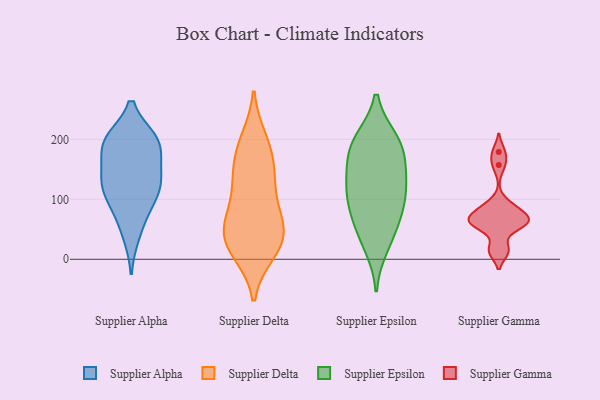
{"axis": {"x": "Demand Index", "y": "Value"}, "legend": ["Supplier Alpha", "Supplier Delta", "Supplier Epsilon", "Supplier Gamma"], "data": [{"x": "", "y": 100, "type": "Supplier Alpha"}, {"x": "", "y": 192, "type": "Supplier Alpha"}, {"x": "", "y": 198, "type": "Supplier Alpha"}, {"x": "", "y": 41, "type": "Supplier Alpha"}, {"x": "", "y": 198, "type": "Supplier Alpha"}, {"x": "", "y": 150, "type": "Supplier Alpha"}, {"x": "", "y": 196, "type": "Supplier Alpha"}, {"x": "", "y": 130, "type": "Supplier Alpha"}, {"x": "", "y": 110, "type": "Supplier Alpha"}, {"x": "", "y": 190, "type": "Supplier Alpha"}, {"x": "", "y": 134, "type": "Supplier Alpha"}, {"x": "", "y": 126, "type": "Supplier Alpha"}, {"x": "", "y": 74, "type": "Supplier Alpha"}, {"x": "", "y": 200, "type": "Supplier Delta"}, {"x": "", "y": 100, "type": "Supplier Delta"}, {"x": "", "y": 173, "type": "Supplier Delta"}, {"x": "", "y": 44, "type": "Supplier Delta"}, {"x": "", "y": 45, "type": "Supplier Delta"}, {"x": "", "y": 143, "type": "Supplier Delta"}, {"x": "", "y": 195, "type": "Supplier Delta"}, {"x": "", "y": 56, "type": "Supplier Delta"}, {"x": "", "y": 11, "type": "Supplier Delta"}, {"x": "", "y": 84, "type": "Supplier Delta"}, {"x": "", "y": 14, "type": "Supplier Delta"}, {"x": "", "y": 18, "type": "Supplier Delta"}, {"x": "", "y": 134, "type": "Supplier Delta"}, {"x": "", "y": 62, "type": "Supplier Delta"}, {"x": "", "y": 145, "type": "Supplier Delta"}, {"x": "", "y": 36, "type": "Supplier Delta"}, {"x": "", "y": 142, "type": "Supplier Epsilon"}, {"x": "", "y": 199, "type": "Supplier Epsilon"}, {"x": "", "y": 197, "type": "Supplier Epsilon"}, {"x": "", "y": 45, "type": "Supplier Epsilon"}, {"x": "", "y": 63, "type": "Supplier Epsilon"}, {"x": "", "y": 151, "type": "Supplier Epsilon"}, {"x": "", "y": 119, "type": "Supplier Epsilon"}, {"x": "", "y": 22, "type": "Supplier Epsilon"}, {"x": "", "y": 101, "type": "Supplier Epsilon"}, {"x": "", "y": 85, "type": "Supplier Epsilon"}, {"x": "", "y": 193, "type": "Supplier Epsilon"}, {"x": "", "y": 176, "type": "Supplier Epsilon"}, {"x": "", "y": 110, "type": "Supplier Epsilon"}, {"x": "", "y": 89, "type": "Supplier Gamma"}, {"x": "", "y": 157, "type": "Supplier Gamma"}, {"x": "", "y": 67, "type": "Supplier Gamma"}, {"x": "", "y": 61, "type": "Supplier Gamma"}, {"x": "", "y": 179, "type": "Supplier Gamma"}, {"x": "", "y": 14, "type": "Supplier Gamma"}, {"x": "", "y": 72, "type": "Supplier Gamma"}, {"x": "", "y": 57, "type": "Supplier Gamma"}, {"x": "", "y": 66, "type": "Supplier Gamma"}, {"x": "", "y": 15, "type": "Supplier Gamma"}, {"x": "", "y": 87, "type": "Supplier Gamma"}, {"x": "", "y": 56, "type": "Supplier Gamma"}]}